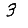
Digit: 3